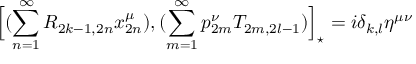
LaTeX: \Big [ ( \sum _ { n = 1 } ^ { \infty } R _ { 2 k - 1 , 2 n } x _ { 2 n } ^ { \mu } ) , ( \sum _ { m = 1 } ^ { \infty } p _ { 2 m } ^ { \nu } T _ { 2 m , 2 l - 1 } ) \Big ] _ { \star } = i \delta _ { k , l } \eta ^ { \mu \nu }